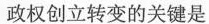
政权创立转变的关键是